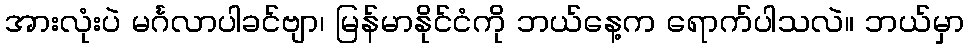
အားလုံးပဲ မင်္ဂလာပါခင်ဗျာ၊ မြန်မာနိုင်ငံကို ဘယ်နေ့က ရောက်ပါသလဲ။ ဘယ်မှာ